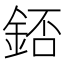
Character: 𨧆